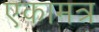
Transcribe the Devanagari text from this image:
एकामत्र